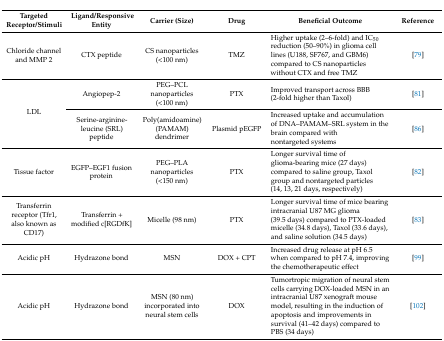
<table><thead><tr><td><b>Targeted Receptor/Stimuli</b></td><td><b>Ligand/Responsive Entity</b></td><td><b>Carrier (Size)</b></td><td><b>Drug</b></td><td><b>Beneficial Outcome</b></td><td><b>Reference</b></td></tr></thead><tbody><tr><td>Chloride channel and MMP 2</td><td>CTX peptide</td><td>CS nanoparticles (&lt;100 nm)</td><td>TMZ</td><td>Higher uptake (2–6-fold) and IC<sub>50</sub> reduction (50–90%) in glioma cell lines (U188, SF767, and GBM6) compared to CS nanoparticles without CTX and free TMZ</td><td>[79]</td></tr><tr><td rowspan="2">LDL</td><td>Angiopep-2</td><td>PEG–PCL nanoparticles (&lt;100 nm)</td><td>PTX</td><td>Improved transport across BBB (2-fold higher than Taxol)</td><td>[81]</td></tr><tr><td>Serine-arginine-leucine (SRL) peptide</td><td>Poly(amidoamine) (PAMAM) dendrimer</td><td>Plasmid pEGFP</td><td>Increased uptake and accumulation of DNA–PAMAM–SRL system in the brain compared with nontargeted systems</td><td>[86]</td></tr><tr><td>Tissue factor</td><td>EGFP–EGF1 fusion protein</td><td>PEG–PLA nanoparticles (&lt;150 nm)</td><td>PTX</td><td>Longer survival time of glioma-bearing mice (27 days) compared to saline group, Taxol group and nontargeted particles (14, 13, 21 days, respectively)</td><td>[82]</td></tr><tr><td>Transferrin receptor (Tfr1, also known as CD17)</td><td>Transferrin + modified c[RGDfK]</td><td>Micelle (98 nm)</td><td>PTX</td><td>Longer survival time of mice bearing intracranial U87 MG glioma (39.5 days) compared to PTX-loaded micelle (34.8 days), Taxol (33.6 days), and saline solution (34.5 days)</td><td>[83]</td></tr><tr><td>Acidic pH</td><td>Hydrazone bond</td><td>MSN</td><td>DOX + CPT</td><td>Increased drug release at pH 6.5 when compared to pH 7.4, improving the chemotherapeutic effect</td><td>[99]</td></tr><tr><td>Acidic pH</td><td>Hydrazone bond</td><td>MSN (80 nm) incorporated into neural stem cells</td><td>DOX</td><td>Tumortropic migration of neural stem cells carrying DOX-loaded MSN in an intracranial U87 xenograft mouse model, resulting in the induction of apoptosis and improvements in survival (41–42 days) compared to PBS (34 days)</td><td>[102]</td></tr></tbody></table>